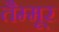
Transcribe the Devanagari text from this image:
तैम्मूर